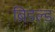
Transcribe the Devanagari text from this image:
ब्रिडल्ड